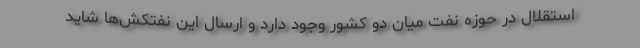
استقلال در حوزه نفت میان دو کشور وجود دارد و ارسال این نفتکش‌ها شاید